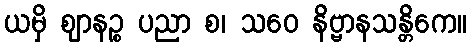
ယမှိ ဈာနဉ္စ ပညာ စ၊ သဝေ နိဗ္ဗာနသန္တိကေ။